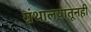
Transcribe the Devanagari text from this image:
ग्रंथालयातूनही